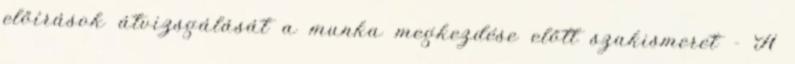
előírások átvizsgálását a munka megkezdése előtt szakismeret - A